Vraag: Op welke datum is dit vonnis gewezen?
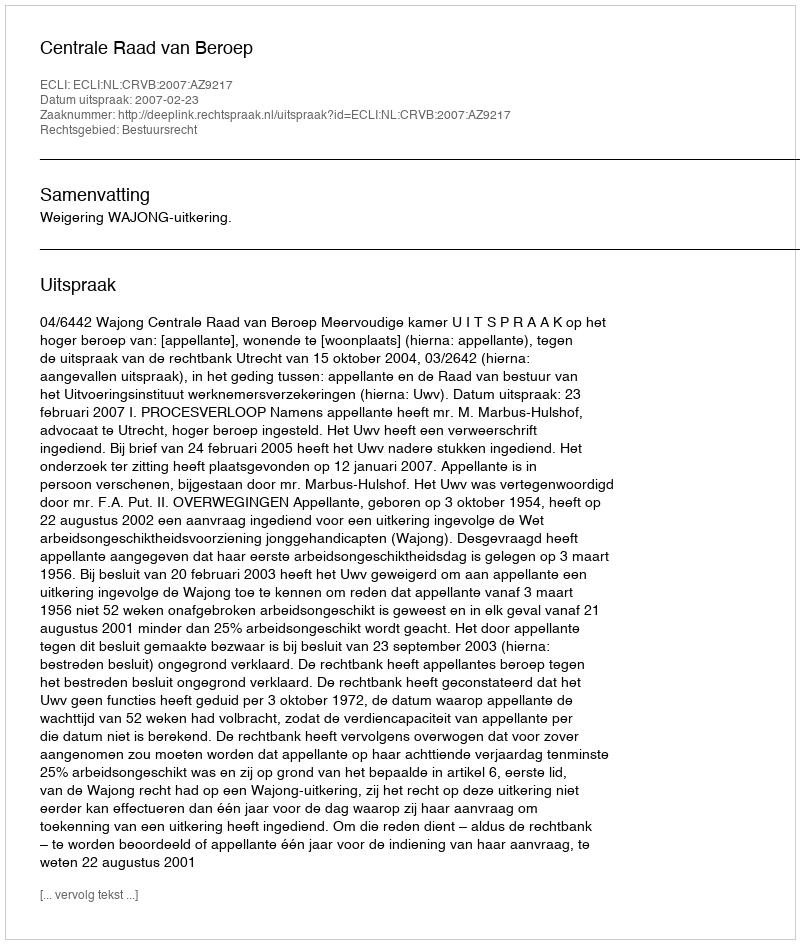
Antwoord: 2007-02-23